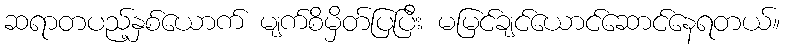
ဆရာတပည့်နှစ်ယောက် မျက်စိမှိတ်ပြပြီး မမြင်ချင်ယောင်ဆောင်နေရတယ်။